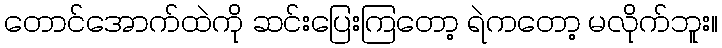
တောင်အောက်ထဲကို ဆင်းပြေးကြတော့ ရဲကတော့ မလိုက်ဘူး။